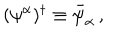
( \psi ^ { \alpha } ) ^ { \dagger } \equiv \bar { \psi } _ { \alpha } \, ,